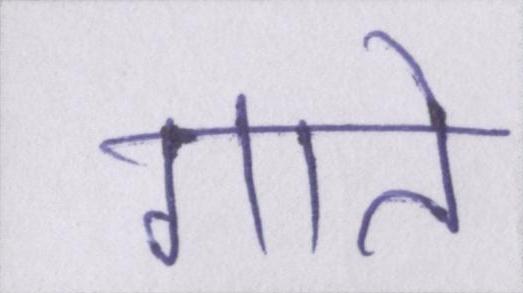
गाते